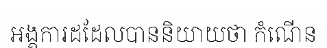
អង្គការដដែលបាននិយាយថា កំណើន